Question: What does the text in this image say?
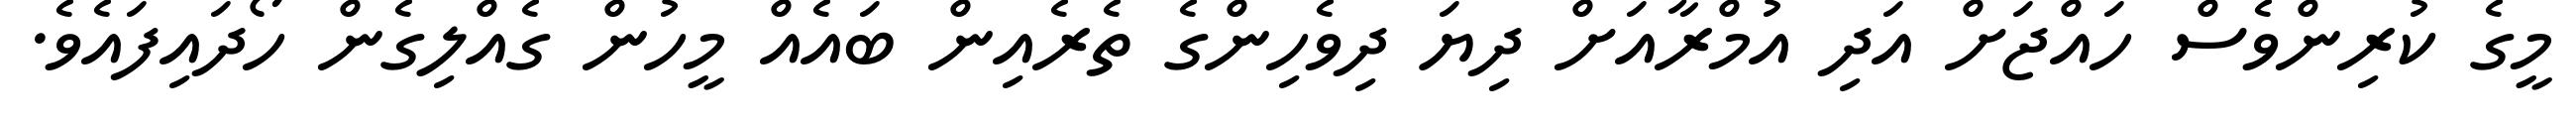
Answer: މީގެ ކުރިންވެސް ހައްޖަށް އަދި އުމްރާއަށް ދިޔަ ދިވެހިންގެ ތެރެއިން ބައެއް މީހުން ގެއްލިގެން ހޯދައިފައެވެ.